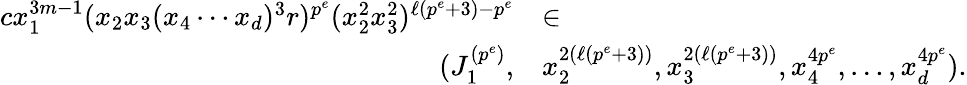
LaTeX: \begin{array}{rl}{cx_{1}^{3m-1}(x_{2}x_{3}(x_{4}\cdots x_{d})^{3}r)^{p^{e}}(x_{2}^{2}x_{3}^{2})^{\ell(p^{e}+3)-p^{e}}}&{\in}\\ {(J_{1}^{(p^{e})},}&{x_{2}^{2(\ell(p^{e}+3))},x_{3}^{2(\ell(p^{e}+3))},x_{4}^{4p^{e}},\ldots,x_{d}^{4p^{e}}).}\end{array}